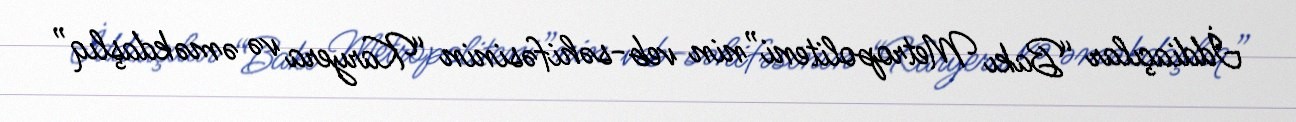
İddiaçılar “Bakı Metropoliteni”nin veb-səhifəsinin “Karyera və əməkdaşlıq”